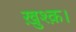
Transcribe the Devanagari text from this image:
ख़ुश्क़।